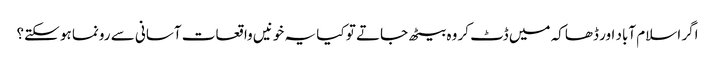
اگر اسلام آباد اور ڈھاکہ میں ڈٹ کر وہ بیٹھ جاتے تو کیا یہ خونیں واقعات آسانی سے رونما ہو سکتے؟